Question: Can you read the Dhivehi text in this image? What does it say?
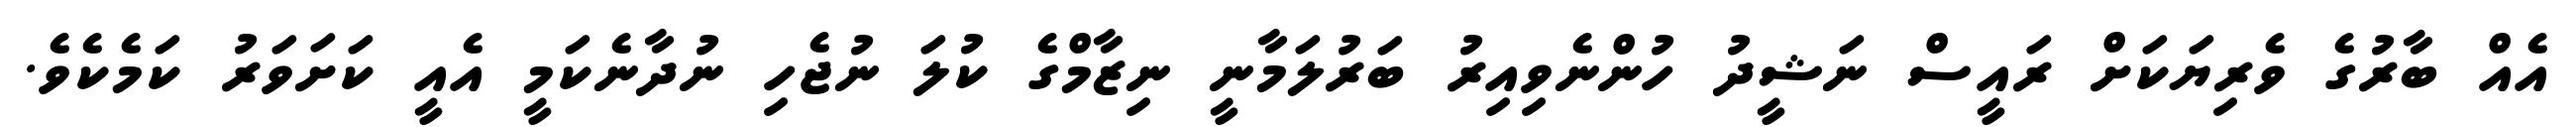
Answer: އެއް ބާރުގެ ވެރިޔަކަށް ރައީސް ނަޝީދު ހުންނެވިއިރު ބަރުލަމާނީ ނިޒާމްގެ ކުލަ ނުޖެހި ނުދާނެކަމީ އެއީ ކަށަވަރު ކަމެކެވެ.